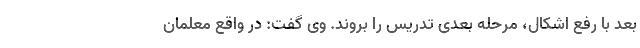
بعد با رفع اشکال، مرحله بعدی تدریس را بروند. وی گفت: در واقع معلمان